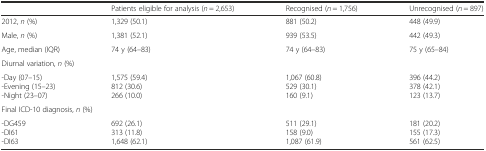
<table><thead><tr><td></td><td><b>Patients eligible for analysis (<i>n</i> = 2,653)</b></td><td><b>Recognised (<i>n</i> = 1,756)</b></td><td><b>Unrecognised (<i>n</i> = 897)</b></td></tr></thead><tbody><tr><td>2012, <i>n</i> (%)</td><td>1,329 (50.1)</td><td>881 (50.2)</td><td>448 (49.9)</td></tr><tr><td>Male, <i>n</i> (%)</td><td>1,381 (52.1)</td><td>939 (53.5)</td><td>442 (49.3)</td></tr><tr><td>Age, median (IQR)</td><td>74 y (64–83)</td><td>74 y (64–83)</td><td>75 y (65–84)</td></tr><tr><td colspan="4">Diurnal variation, <i>n</i> (%)</td></tr><tr><td>-Day (07–15)-Evening (15–23)-Night (23–07)</td><td>1,575 (59.4)812 (30.6)266 (10.0)</td><td>1,067 (60.8)529 (30.1)160 (9.1)</td><td>396 (44.2)378 (42.1)123 (13.7)</td></tr><tr><td colspan="4">Final ICD-10 diagnosis, <i>n</i> (%)</td></tr><tr><td>-DG459-DI61-DI63</td><td>692 (26.1)313 (11.8)1,648 (62.1)</td><td>511 (29.1)158 (9.0)1,087 (61.9)</td><td>181 (20.2)155 (17.3)561 (62.5)</td></tr></tbody></table>